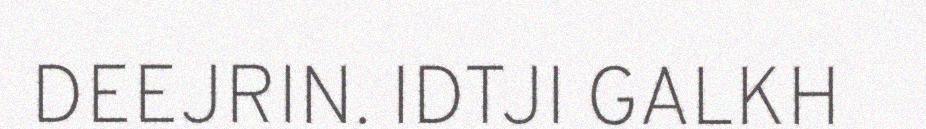
DEEJRIN. IDTJI GALKH